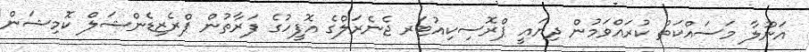
އަނޫލާ މަސައްކަތް ކުރައްވަމުން ދިޔައީ ޕްރޮސިކިއުޓަރ ޖެނެރަލްގެ އޮފީހުގެ ފަރާތުން ޕްރެޒިޑެންޝަލް ކޮމިޝަން